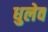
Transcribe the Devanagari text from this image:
धुलेव